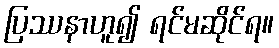
ပြဿနာဟူ၍ ရင်မဆိုင်ရ။